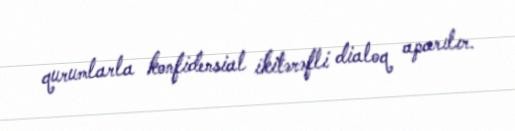
qurumlarla konfidensial ikitərəfli dialoq aparılır.